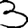
Digit: 3